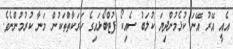
އެއީ އޭރު އޭނަ ކުޅެމުންދިޔަ ކުލަބު ސެއިކޯ ފުޓްބޯޅައިގެ ހަރަކާތްތަކުން މަނާ ކުރުމުންނެވެ.